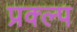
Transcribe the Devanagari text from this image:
प्रक्ल्प